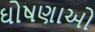
ઘોષણાઓ